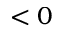
< 0